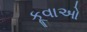
કૂવાઓ